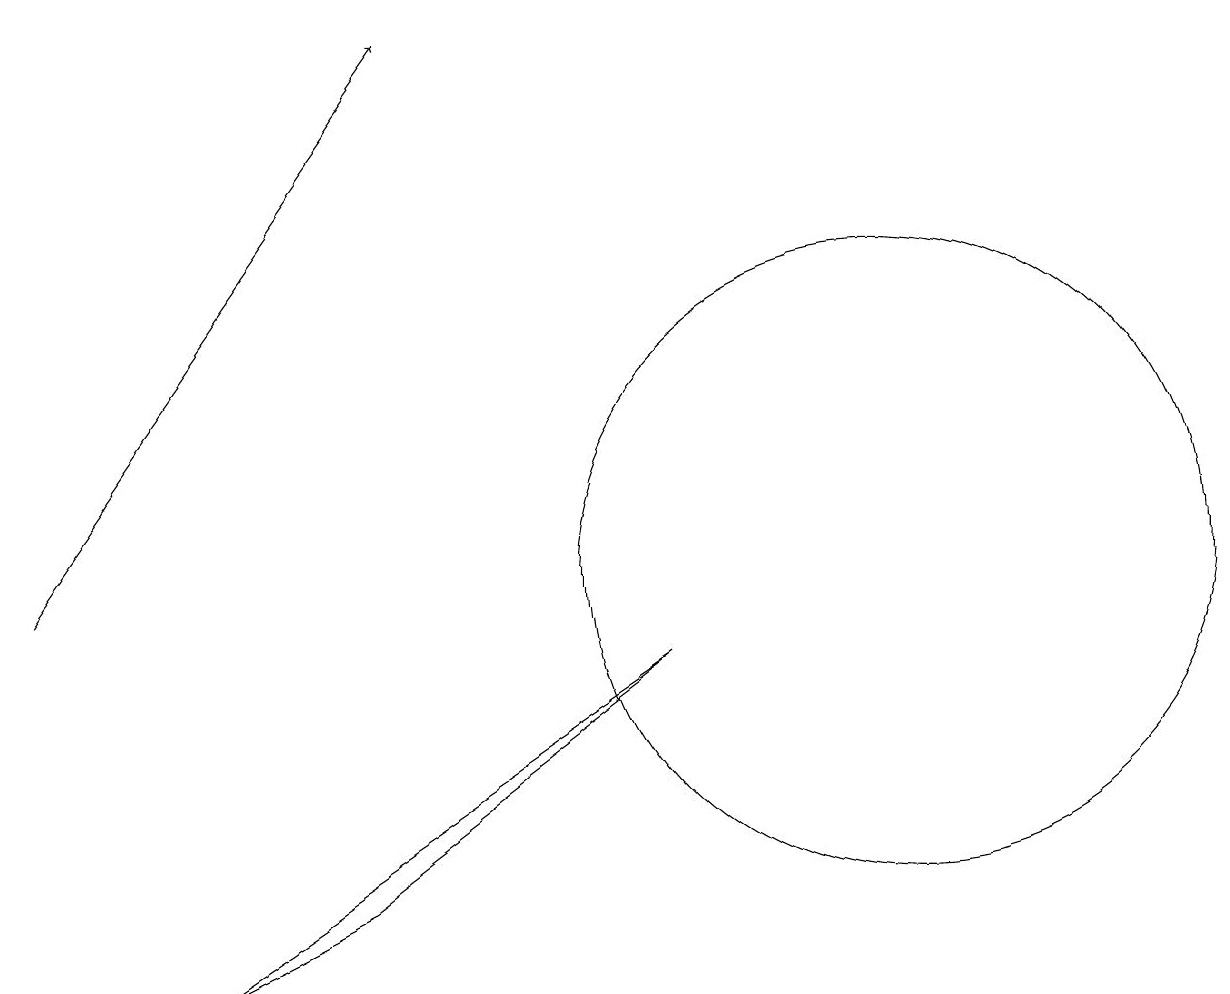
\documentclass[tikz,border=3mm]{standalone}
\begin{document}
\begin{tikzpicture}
\draw (5,6) -- (3,5) -- (9,9) -- cycle;
\draw[->] (1,10) -- (6,17);
\draw (12,10) circle (4);
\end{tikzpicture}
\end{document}